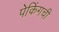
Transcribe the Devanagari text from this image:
पेकिंगची